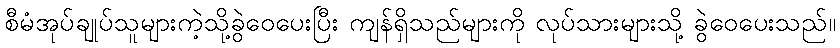
စီမံအုပ်ချုပ်သူများကဲ့သို့ခွဲဝေပေးပြီး ကျန်ရှိသည်များကို လုပ်သားများသို့ ခွဲဝေပေးသည်။